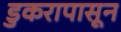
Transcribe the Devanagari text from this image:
डुकरापासून